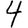
Digit: 4